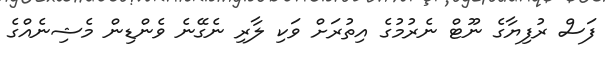
ފަސް ރުފިޔާގެ ނޫޓް ނެރުމުގެ އިތުރަށް ވަކި ލާރި ނެގޭނެ ވެންޑިން މެޝިނެއްގެ